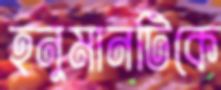
হনুমানটিকে